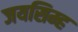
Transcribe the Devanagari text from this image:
जयसिम्ह